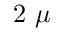
2 ~ \mu